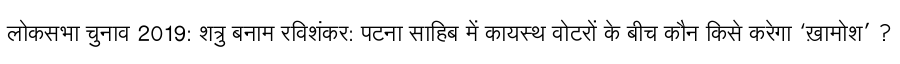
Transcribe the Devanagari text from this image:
लोकसभा चुनाव 2019: शत्रु बनाम रविशंकर: पटना साहिब में कायस्थ वोटरों के बीच कौन किसे करेगा ‘ख़ामोश’ ?